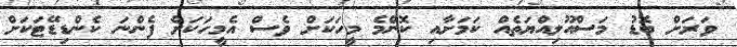
ވަރަށް ބޮޑު މަސްއޫލިއްޔަތެއް ކަމަށާއި ކޮންމެ މީހަކަށް ވެސް އެމީހަކަށް ފެންނަ ކެންޑިޑޭޓަކަށް